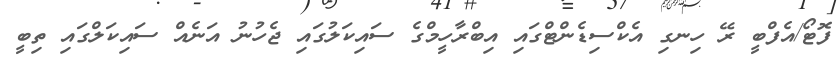
ފޮޓޯ/އެފްބީ ރޭ ހިނގި އެކްސިޑެންޓްގައި އިބްރާހީމްގެ ސައިކަލުގައި ޖެހުނު އަނެއް ސައިކަލްގައި ތިބީ